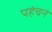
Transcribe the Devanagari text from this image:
पहंचने